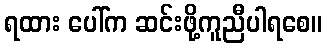
ရထား ပေါ်က ဆင်းဖို့ကူညီပါရစေ။